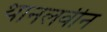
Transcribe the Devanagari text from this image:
थानलवीन